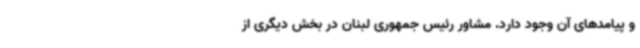
و پیامدهای آن وجود دارد. مشاور رئیس جمهوری لبنان در بخش دیگری از